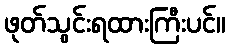
ဖုတ်သွင်းရထားကြီးပင်။